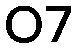
07